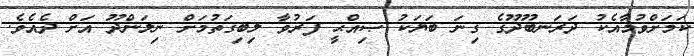
ކަމަށްވުމާއެކު ދަރަނބޫދޫގެ ގިނަ ބަޔަކު ޞިއްޙީ ފަރުވާ ލިބިގަތުމަށް ނިލަންދޫ އަށް ދެއެވެ.